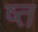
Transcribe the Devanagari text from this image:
ष्त